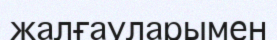
жалғауларымен